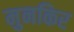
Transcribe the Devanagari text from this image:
मुनकिर